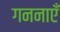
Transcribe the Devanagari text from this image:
गननाएँ